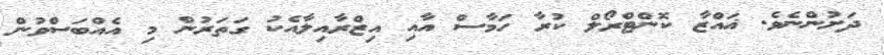
ދަށުންނެވެ. ޣައްޒާ ކޮންޓްރޯލް ކުރާ ހަމާސް އާއި އިޒްރާއިލާއެކު ގަތަރުން މި އެއްބަސްވުން